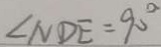
\angle N D E = 9 0 ^ { \circ }